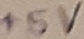
Text: +5V